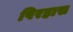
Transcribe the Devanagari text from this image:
पिरहास